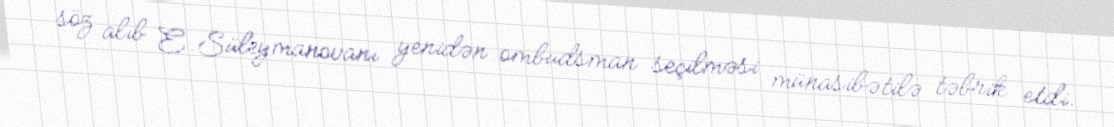
söz alıb E.Süleymanovanı yenidən ombudsman seçilməsi münasibətilə təbrik etdi.